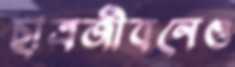
ছাত্রজীবনেও